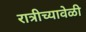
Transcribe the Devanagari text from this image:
रात्रीच्यावेळी